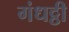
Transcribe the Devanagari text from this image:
गंधट्ठी